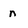
Character: n